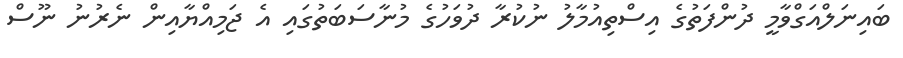
ބައިނަލްއަގްވާމީ ދުންފަތުގެ އިސްތިއުމާލު ނުކުރާ ދުވަހުގެ މުނާސަބަތުގައި އެ ޖަމިއްޔާއިން ނެރުނު ނޫސް